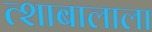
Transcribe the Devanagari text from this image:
त्शाबालाला